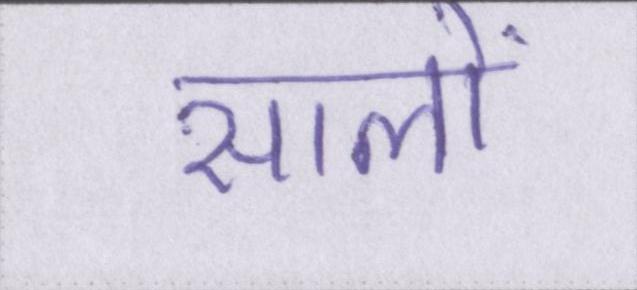
सालों